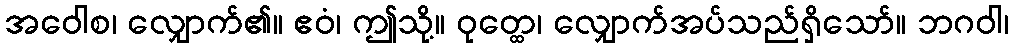
အဝေါစ၊ လျှောက်၏။ ဧဝံ၊ ဤသို့။ ဝုတ္ထေ၊ လျှောက်အပ်သည်ရှိသော်။ ဘဂဝါ၊